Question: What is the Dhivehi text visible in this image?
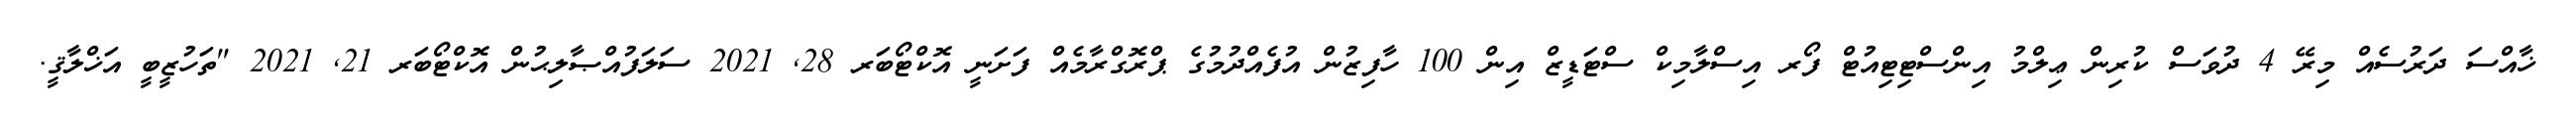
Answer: ޚާއްސަ ދަރުސެއް މިރޭ 4 ދުވަސް ކުރިން ޢިލްމު އިންސްޓިޓިއުޓް ފޯރ އިސްލާމިކް ސްޓަޑީޒް އިން 100 ހާފިޒުން އުފެއްދުމުގެ ޕްރޮގްރާމެއް ފަށަނީ އޮކްޓޯބަރ 28, 2021 ސަލަފުއްޞާލިޙުން އޮކްޓޯބަރ 21, 2021 "ތަހުޒީބީ އަޚްލާޤީ.